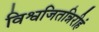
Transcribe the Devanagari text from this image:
विश्वजितन्निरीहं